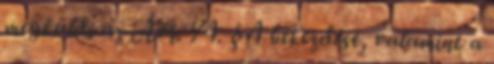
megküldi az Ávr. 74. § 4 bekezdése, valamint a